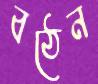
বঠেন